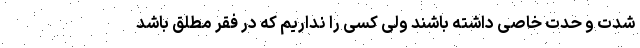
شدّت و حدّت خاصی داشته باشند ولی کسی را نداریم که در فقر مطلق باشد